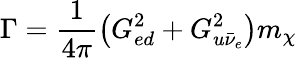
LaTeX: \Gamma=\frac 1{4\pi}\left(G_{ed}^{2}+G_{u\bar{\nu}_{e}}^{2}\right)m_{\chi}